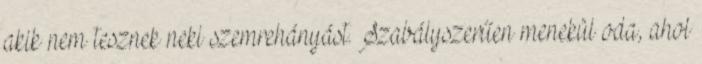
akik nem tesznek neki szemrehányást. Szabályszerűen menekül oda, ahol